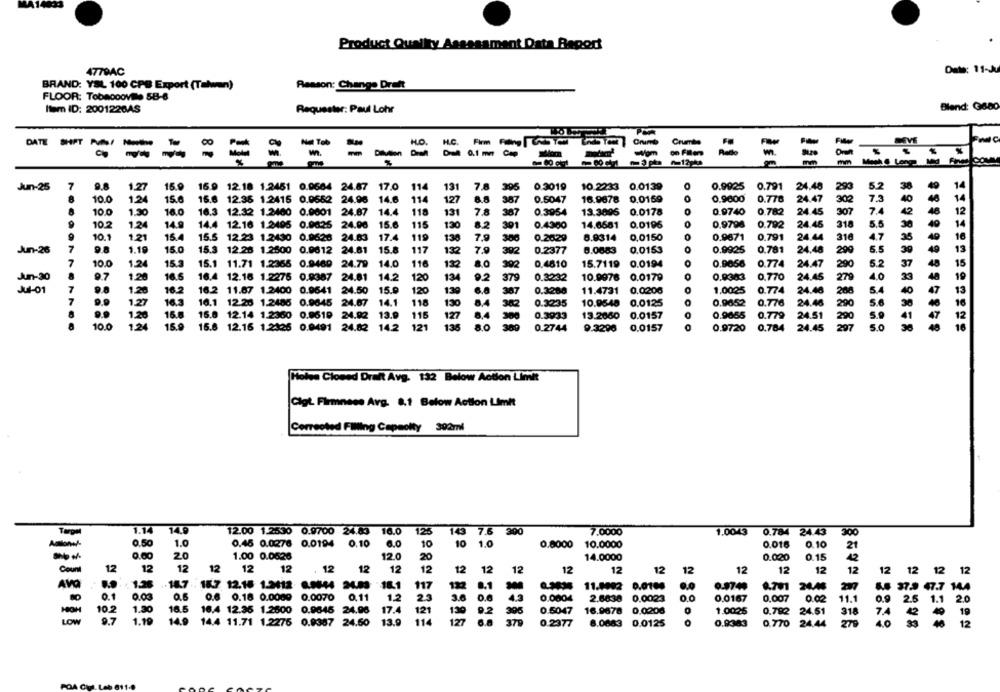
Product Quality Assessment Data Report
477BAC
Date: 11-J
BRAND: YSL 100 CPB Export (Talwen)
Reason: Change Dreht
FLOOR: Tobaccoville SB-6
Item ID: 2001220AS
Requester: Paul Lohr
Blend: G680
H.C.
Crumble
-a Tob
Wom
on Fillem
- ----
- --
Det 0.1 mmCop
Jun-25
7
9.8
1.27
15.9
16.9 12.18 1.2451 0.9664 24.67 17.0
114
131
7.8
396
0.3019
10.2233 0.0139
0.9925
0.791
24.48
293
5.2
10.0
1.2
15.6
16.6 12.36 1.2415 0.0652 24.96
14.6
114
127
387
0.5047
16.9678
0.0169
0.9600
0.776
24.47
302
7.3
10.0
1.30
16.0
16.3 12.32 1.2400 0.9001 24.87 14.4
118
131
7.8
0.3954
13.3896 0.0178
0.9740
0.782
24.45
307
7.4
10.2
1.24
14.9
14.4 12.16 1.2405 0.0025 24.06 15.6
115
13
8.2
301
0.4300
14.6681
0.0196
0.9798
0.792
24.45
318
5.5
10.1
1.21
15.4
15.5 12.23 1.2430 0.9626 24.63
17.4
119
130
7.9
0.2029
8.9314
0.0150
0.9671
0.791
24.44
316
4.7
7
1.19
15.0
15.3 12.28 1.2600 0.9612 24.61 15.8
117
132
8.0683
0.0153
0.9925
0.781
24,48
290
5.5
Jun-26
7.9
392
0.2377
7
10.0
1.24
15.3
14.0
116
12
8.0
0.4810
15.7119
0.9056
0.774
24.47
290
5.2
15.1 11.71 1.2366 0.9469 24.79
0.0194
Jun-30
9.7
1.20
16.5
16.4 12.16 1.2276 0.9387
24.81
14.2
120
13
92
0.3232
10.9976 0.0179
0.0303
0.770
24.45
279
10
379
Jul-01
7
9.8
1.20
16.2
16.2 11.87 1.2400 0.9641 24.50
15.9
120
130
387
0.3280
11.4731
0.0206
1.0025
0.774
24.46
288
7
1.27
16.3
16.1 12.26 1.2485 0.9645 24.07
14.1
118
130
8.4
0.3235
10.9548
0.0125
0.9652
0.776
24.46
290
9.9
1.20
16.8
15.0 12.14 1.2360 0.9619 24.92
13.9
115
127 8,4 300
0.3933
13.2660
0.0157
0.9065
0.779
24.51
290
5.9
15.9
10.0
1.24
15.8 12.16 1.2426 0.0491 24.82 14.2
121
135
389
0.2744
9.3296
0.0157
0
0.9720
0.784
24.45
297
5.0
Molen Closed Draft Avg. 1:32 Below Action Limit
Cigt Firmness Avg. 8.1 Below Action Limit
Corrected Filling Capeolty 302ml
1.14
14.
12.00 1.2530 0.9700 24.83 16.0
125
14
7.6 300
7.0000
1.0043 0.784 24.43
300
0.5
1.0
0.45 0.0276 0.0194 0.10
6.0
10
1.0
0.0000
10.0000
0.016
0.10
0.00
20
1.00 0.0628
12.0
20
14.0000
0.020
0.15
12
12
12
12
12
12
Coun
12
. 12
12
12
12
12
12
12
12
12
12
12
12
12
12
12 12 12 12
12
AV
18.7 . 18.7. 12.16 1.2412 6.9844 24.03
18.1
117
122
8.1
11.8992 0.0100
0,0
0.3749
8.701 24,46
144
5.6 37.9 47.7 144
0.1
0.8
0.6 0.18 0.0009 0.0070 0.11
23
3.6
0.0004
2.6630
0.0023
0.0
0.0167
0.007
0.02
11.1
2.5
1.1
18.5
17.4
0
102
1.50
16.4 12.35 1.2600 0.9645 24.96
121
130
9.2
305
0.5047
16.9878
0.0208
1.0025
0.782 24.51
318
7.4
.
19
LOW
9.7
1.19
14.9
14.4 11.71 1.2275 0.9387 24.50
13.9
114
127
375
0.2377
8.0683 0.0125
0
0.9383
0.770 24,44
279
40
12
POA CUL. Lab